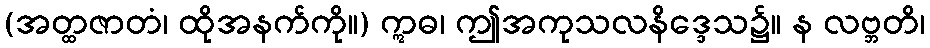
(အတ္ထဇာတံ၊ ထိုအနက်ကို။) ဣဓ၊ ဤအကုသလနိဒ္ဒေသ၌။ န လဗ္ဘတိ၊